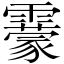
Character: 靀